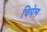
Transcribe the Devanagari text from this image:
चिमेल